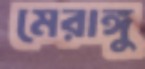
মেরাঙ্গু